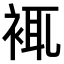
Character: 𧚊